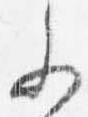
参